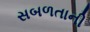
સબળતાની